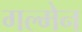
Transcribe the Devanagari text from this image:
गल्मेन